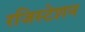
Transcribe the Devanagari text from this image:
रजिस्टेशन